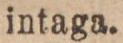
intaga.